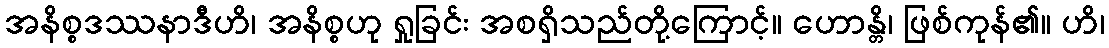
အနိစ္စဒဿနာဒီဟိ၊ အနိစ္စဟု ရှုခြင်း အစရှိသည်တို့ကြောင့်။ ဟောန္တိ၊ ဖြစ်ကုန်၏။ ဟိ၊